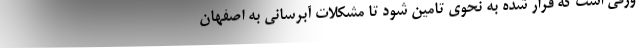
ورقی است که قرار شده به نحوی تامین شود تا مشکلات آبرسانی به اصفهان